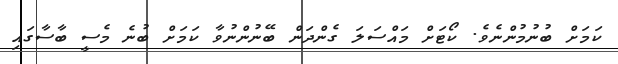
ކަމަށް ބުނުމުންނެވެ. ކޯޓަށް މައްސަލަ ގެންދަން ބޭނުންނުވާ ކަމަށް ބުނެ މެސީ ބާސާގައި